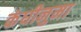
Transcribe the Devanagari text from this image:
कंघीनुमा